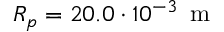
R _ { p } = 2 0 . 0 \cdot 1 0 ^ { - 3 } \, \mathrm { ~ m ~ }